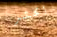
أكثر